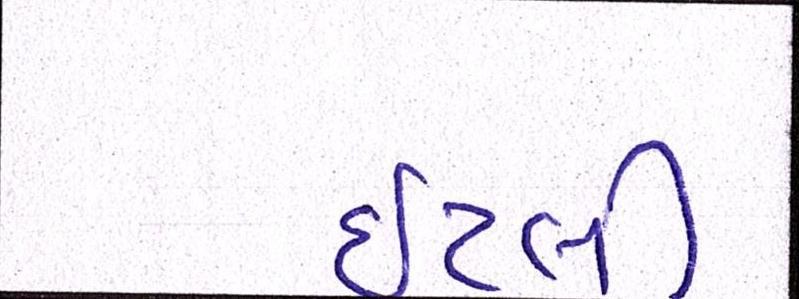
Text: ઇટલી